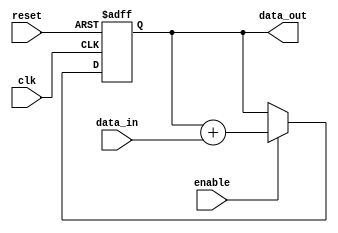
module FixedPointAccumulator (
    input wire clk,
    input wire reset,
    input wire [15:0] data_in,
    input wire enable,
    output wire [15:0] data_out
);

reg signed [15:0] accumulator;

always @(posedge clk or posedge reset) begin
    if (reset) begin
        accumulator <= 0;
    end else if (enable) begin
        accumulator <= accumulator + data_in;
    end
end

assign data_out = accumulator;

endmodule